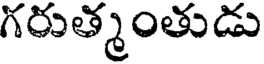
గరుత్మంతుడు